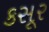
કસૂર